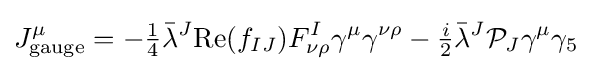
J_{\text{gauge}}^{\mu }=-{\tfrac {1}{4}}{\bar {\lambda }}^{J}{\text{Re}}(f_{IJ})F_{\nu \rho }^{I}\gamma ^{\mu }\gamma ^{\nu \rho }-{\tfrac {i}{2}}{\bar {\lambda }}^{J}{\mathcal {P}}_{J}\gamma ^{\mu }\gamma _{5}